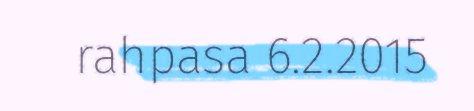
rahpasa 6.2.2015